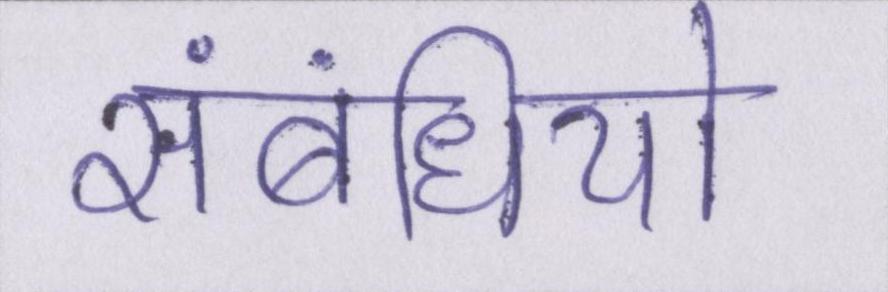
संबंधियो